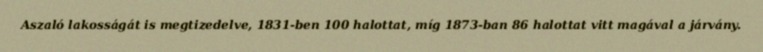
Aszaló lakosságát is megtizedelve, 1831-ben 100 halottat, míg 1873-ban 86 halottat vitt magával a járvány.